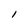
Character: l